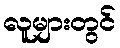
လူများတွင်